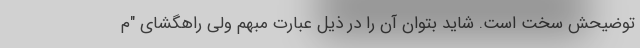
توضیحش سخت است. شاید بتوان آن را در ذیل عبارت مبهم ولی راهگشای "م